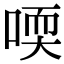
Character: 𠷀